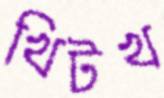
খিটখ